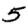
Digit: 5